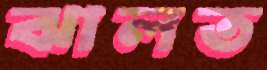
ঝালত